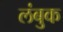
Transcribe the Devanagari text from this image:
लंबुक